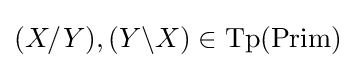
(X/Y),(Y\backslash X)\in {\text{Tp}}({\text{Prim}})